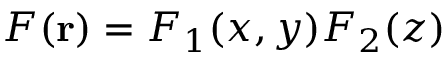
F ( \mathbf { r } ) = F _ { 1 } ( x , y ) F _ { 2 } ( z )